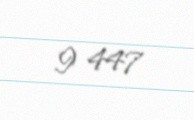
9 447